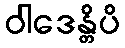
ဝါဒေန္တိပိ